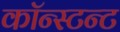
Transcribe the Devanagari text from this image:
कॉन्स्टन्ट